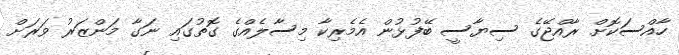
ހާއްސަކޮށް ރާއްޖޭގެ ސިޔާސީ ބޭފުޅުން އެމެރިކާ މިސާލެއްގެ ގޮތުގައި ނަގާ މަންޒަރު ވަރަށް